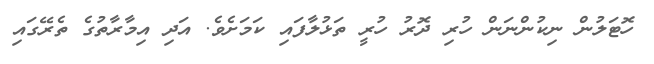
ހޮޓަލުން ނިކުންނަން ހުރި ދޮރު ހުރީ ތަޅުލާފައި ކަމަށެވެ. އަދި އިމާރާތުގެ ތެރޭގައި